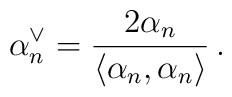
\alpha_n^\vee=\frac{2\alpha_n} {\langle\alpha_n,\alpha_n\rangle}\, .